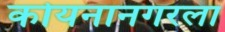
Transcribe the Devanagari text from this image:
कोयनानगरला